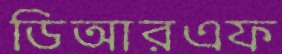
ডিআরএফ